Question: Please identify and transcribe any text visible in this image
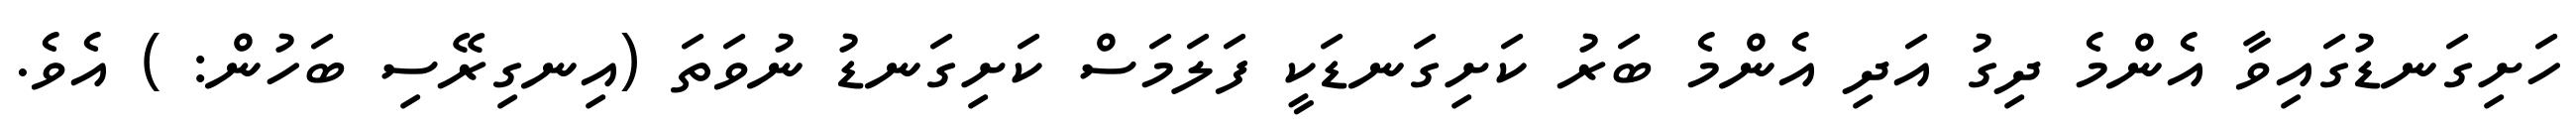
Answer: ހަށިގަނޑުގައިވާ އެންމެ ދިގު އަދި އެންމެ ބަރު ކަށިގަނޑަކީ ފަލަމަސް ކަށިގަނޑު ނުވަތަ (އިނގިރޭސި ބަހުން: ) އެވެ.